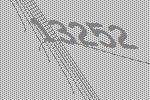
13252